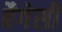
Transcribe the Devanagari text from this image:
बैगेसी